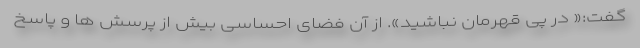
گفت:« در پی قهرمان نباشید». از آن فضای احساسی بیش از پرسش ها و پاسخ